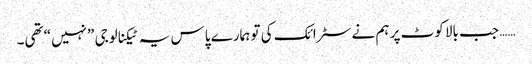
…… جب بالا کوٹ پر ہم نے سٹرائک کی تو ہمارے پاس یہ ٹیکنالوجی ”نہیں“ تھی۔